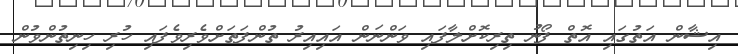
އިޝާން އަތުގައި އޮތް ފޯނު ތިރިކޮށްލާފައި ވަންނަން އައިއިރު ތުންފަތަށްވެރިވެފައި ހުރި ހިނިތުންވުން